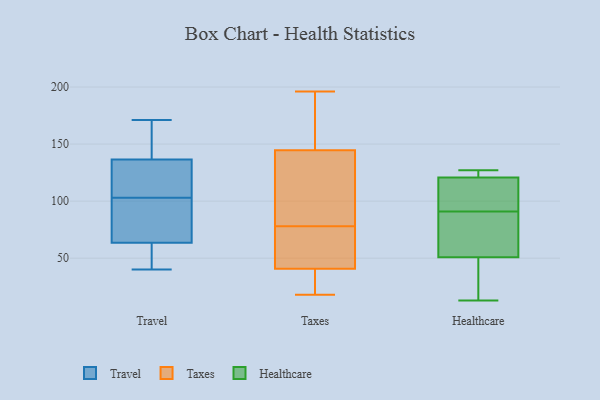
{"axis": {"x": "Net Income (USD K)", "y": "Value"}, "legend": ["Healthcare", "Taxes", "Travel"], "data": [{"x": "", "y": 130, "type": "Travel"}, {"x": "", "y": 65, "type": "Travel"}, {"x": "", "y": 67, "type": "Travel"}, {"x": "", "y": 135, "type": "Travel"}, {"x": "", "y": 138, "type": "Travel"}, {"x": "", "y": 62, "type": "Travel"}, {"x": "", "y": 59, "type": "Travel"}, {"x": "", "y": 157, "type": "Travel"}, {"x": "", "y": 40, "type": "Travel"}, {"x": "", "y": 93, "type": "Travel"}, {"x": "", "y": 125, "type": "Travel"}, {"x": "", "y": 83, "type": "Travel"}, {"x": "", "y": 113, "type": "Travel"}, {"x": "", "y": 52, "type": "Travel"}, {"x": "", "y": 171, "type": "Travel"}, {"x": "", "y": 167, "type": "Travel"}, {"x": "", "y": 118, "type": "Taxes"}, {"x": "", "y": 131, "type": "Taxes"}, {"x": "", "y": 144, "type": "Taxes"}, {"x": "", "y": 39, "type": "Taxes"}, {"x": "", "y": 75, "type": "Taxes"}, {"x": "", "y": 72, "type": "Taxes"}, {"x": "", "y": 21, "type": "Taxes"}, {"x": "", "y": 156, "type": "Taxes"}, {"x": "", "y": 18, "type": "Taxes"}, {"x": "", "y": 154, "type": "Taxes"}, {"x": "", "y": 98, "type": "Taxes"}, {"x": "", "y": 57, "type": "Taxes"}, {"x": "", "y": 196, "type": "Taxes"}, {"x": "", "y": 78, "type": "Taxes"}, {"x": "", "y": 41, "type": "Taxes"}, {"x": "", "y": 40, "type": "Taxes"}, {"x": "", "y": 146, "type": "Taxes"}, {"x": "", "y": 28, "type": "Healthcare"}, {"x": "", "y": 53, "type": "Healthcare"}, {"x": "", "y": 121, "type": "Healthcare"}, {"x": "", "y": 50, "type": "Healthcare"}, {"x": "", "y": 125, "type": "Healthcare"}, {"x": "", "y": 103, "type": "Healthcare"}, {"x": "", "y": 127, "type": "Healthcare"}, {"x": "", "y": 91, "type": "Healthcare"}, {"x": "", "y": 13, "type": "Healthcare"}, {"x": "", "y": 60, "type": "Healthcare"}, {"x": "", "y": 120, "type": "Healthcare"}]}